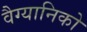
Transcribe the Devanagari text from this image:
वैग्यानिको